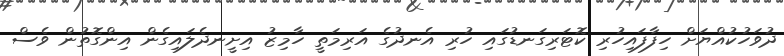
ދުވަހުކުއްޔަށް ހިފާފައިހުރި ކޮޓަރިގަނޑުގައި ހުރި އެނދުގެ އަރިމަތީ ހާމިޒު އިށީނދެލައިގެން އިންގޮތުން ވެސް